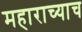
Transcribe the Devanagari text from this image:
महाराच्याच